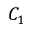
C _ { 1 }